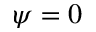
\psi = 0